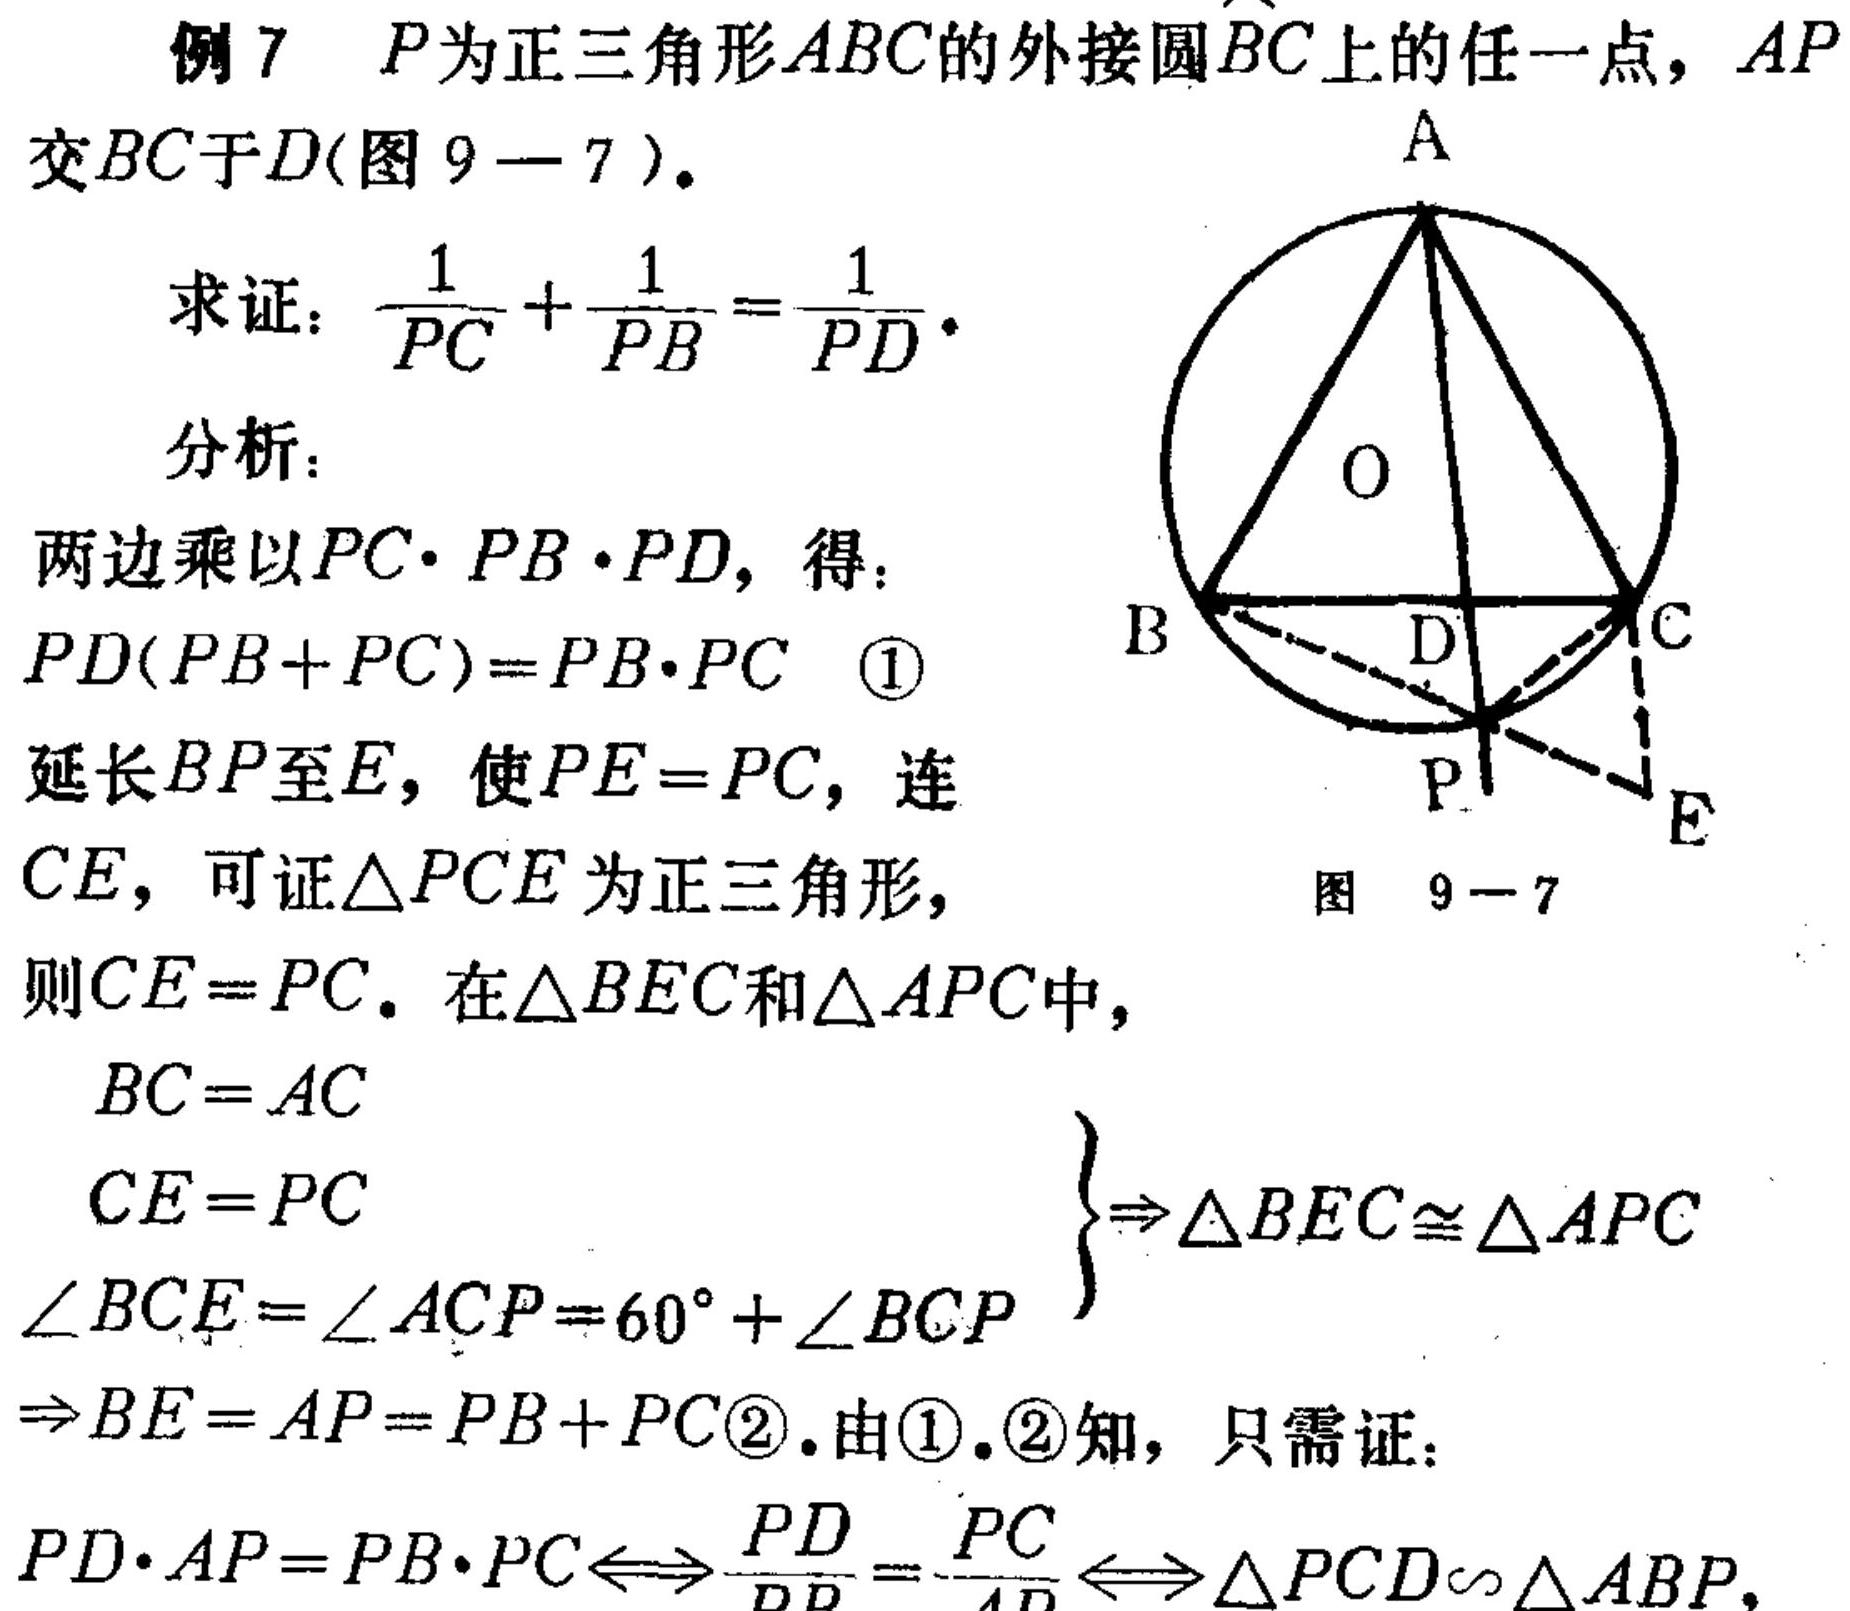
例 7 \(P\)为正三角形\(ABC\)的外接圆\(\overset{\frown}{BC}\)上的任一点，\(AP\)交\(BC\)于\(D\)(图 9 - 7 )。
求证：\(\frac{1}{PC}+\frac{1}{PB}=\frac{1}{PD}\)。
分析：
两边乘以\(PC\cdot PB\cdot PD\)，得：
\(PD(PB + PC)=PB\cdot PC\) \textcircled{1}
延长\(BP\)至\(E\)，使\(PE = PC\)，连\(CE\)，可证\(\triangle PCE\)为正三角形，
则\(CE = PC\)。在\(\triangle BEC\)和\(\triangle APC\)中，
\[
\begin{cases}
BC = AC \\
CE = PC \\
\angle BCE=\angle ACP = 60^{\circ}+\angle BCP
\end{cases}
\Rightarrow\triangle BEC\cong\triangle APC
\]
\(\Rightarrow BE = AP=PB + PC\)\textcircled{2}.由\textcircled{1}.\textcircled{2}知，只需证：
\(PD\cdot AP = PB\cdot PC\Leftrightarrow\frac{PD}{PB}=\frac{PC}{AP}\Leftrightarrow\triangle PCD\sim\triangle ABP\)。